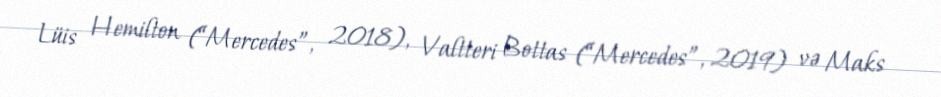
Lüis Hemilton (“Mercedes”, 2018), Valtteri Bottas (“Mercedes”, 2019) və Maks